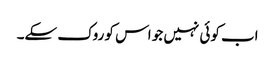
اب کوئی نہیں جو اس کو روک سکے۔